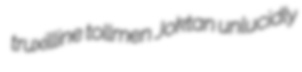
truxilline tollmen Joktan unlucidly